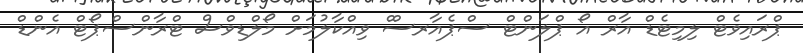
ޕްރައިވެޓް ލިމިޓެޑް އާރް އޯ ޕްލަންޓް ސްޕެއާރސްް ވިއްކާލުމަށް މޯލްޑިވްސް ޓްރާންސްޕޯޓް އެންޑް